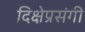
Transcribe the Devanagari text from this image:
दिक्षेप्रसंगी